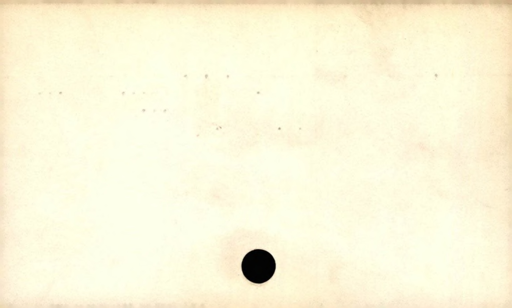
Label: blank